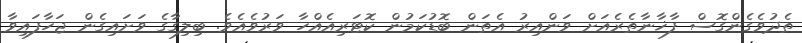
ތެދުވެގެންގޮސް ފާޚާނާތެރެއަށް ވަންއިރު އެތަން ބޮޑުކަމުން ކޮޓަރިއެއްހާ ވަރުވެއެވެ. ބިލިގާގެ ވަށައިގެން ޖަހާފައިވާ